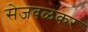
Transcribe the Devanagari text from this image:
सेजवळकर